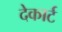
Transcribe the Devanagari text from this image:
देकार्ट